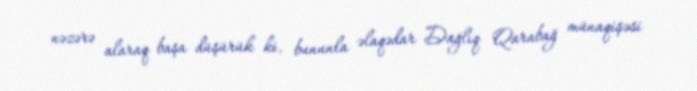
nəzərə alaraq başa düşürük ki, bununla əlaqədar Dağlıq Qarabağ münaqişəsi